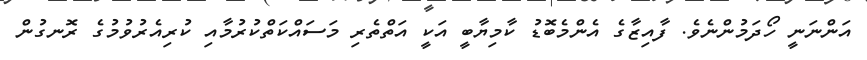
އަންނަނީ ހޯދަމުންނެވެ. ފާއިޒާގެ އެންމެބޮޑު ކާމިޔާބީ އަކީ އަތްތެރި މަސައްކަތްކުރުމާއި ކުރިއެރުވުމުގެ ރޮނގުން